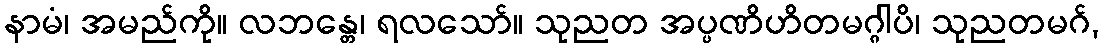
နာမံ၊ အမည်ကို။ လဘန္တေ၊ ရလသော်။ သုညတ အပ္ပဏိဟိတမဂ္ဂါပိ၊ သုညတမဂ်,